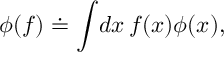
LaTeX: \phi ( f ) \doteq \int \! d x \, f ( x ) \phi ( x ) ,